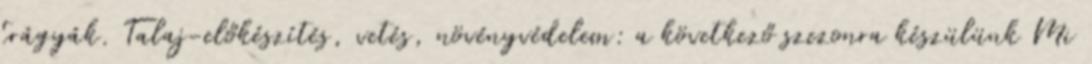
trágyák. Talaj-előkészítés, vetés, növényvédelem: a következő szezonra készülünk Mi